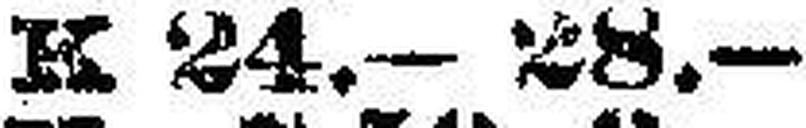
K 24.—28.—